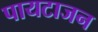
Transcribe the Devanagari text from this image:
पायटाजन